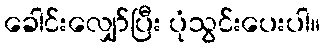
ခေါင်းလျှော်ပြီး ပုံသွင်းပေးပါ။